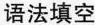
语法填空